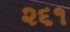
૨૬૧